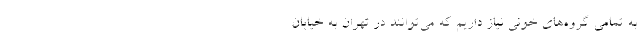
به تمامی گروه‌های خونی نیاز داریم که می‌توانند در تهران به خیابان